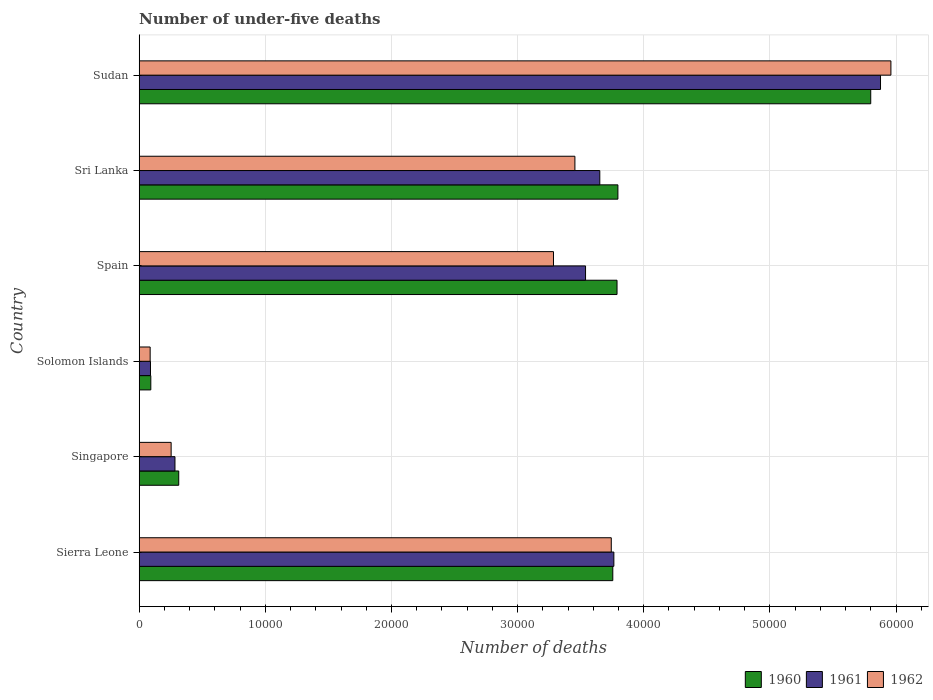
| Country | 1960 | 1961 | 1962 |
 | --- | --- | --- | --- |
 | Sierra Leone | 3.75e+04 | 3.76e+04 | 3.74e+04 |
 | Singapore | 3.14e+03 | 2.84e+03 | 2.54e+03 |
 | Solomon Islands | 923 | 897 | 872 |
 | Spain | 3.79e+04 | 3.54e+04 | 3.28e+04 |
 | Sri Lanka | 3.8e+04 | 3.65e+04 | 3.45e+04 |
 | Sudan | 5.8e+04 | 5.88e+04 | 5.96e+04 |